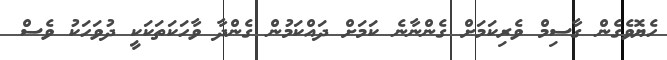
ހެޔޮވެގެން ގާސިމް ވެރިކަމަށް ގެންނާނެ ކަމަށް ދައްކަމުން ގެންދާ ވާހަކަތަކަކީ ދުވަހަކު ވެސް